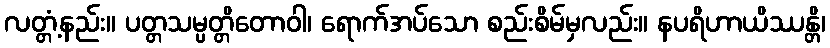
လတ္တံ့နည်း။ ပတ္တသမ္ပတ္တိတောဝါ၊ ရောက်အပ်သော စည်းစိမ်မှလည်း။ နပရိဟာယိဿန္တိ၊